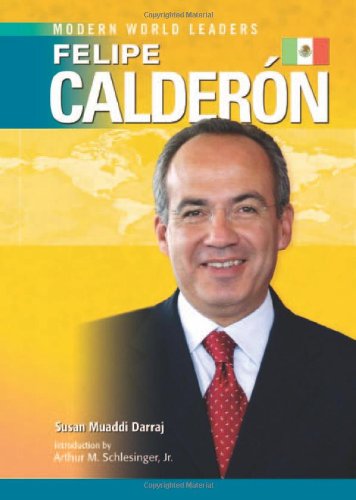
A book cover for Felipe Calderon (Modern World Leaders); Susan Muaddi Darraj; Teen & Young Adult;